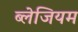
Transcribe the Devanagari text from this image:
ब्लेजियम